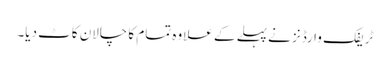
ٹریفک وارڈنز نے پہلے کے علاوہ تمام کا چالان کاٹ دیا۔